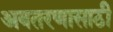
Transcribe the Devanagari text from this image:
अवतरणासाठी